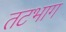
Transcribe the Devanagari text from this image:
तटभाग